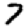
Digit: 7